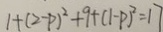
1 + ( 2 - p ) ^ { 2 } + 9 + ( 1 - p ) ^ { 2 } = 1 7